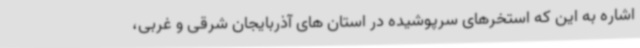
اشاره به این که استخرهای سرپوشیده در استان های آذربایجان شرقی و غربی،